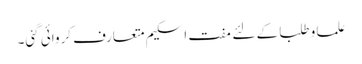
علما و طلبا کے لئے مفت اسکیم متعارف کروائی گئی۔